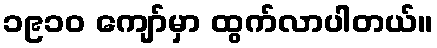
၁၉၁၀ ကျော်မှာ ထွက်လာပါတယ်။